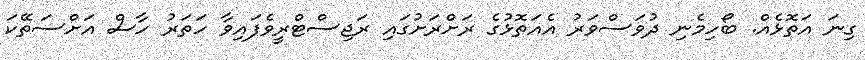
ގިނަ އަތޮޅެއް. ބޯހިމެނި ދުވަސްވަރު އެއަތޮޅުގެ ރަށްރަށުގައި ރަޖިސްޓްރީވެފައިވާ ހަތަރު ހާސް އަށްސަތޭކަ